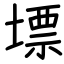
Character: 墂